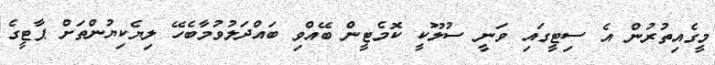
މީގެއިތުރުން އެ ސިޓީގައި ވަނީ ސުލޫކީ ކޮމެޓީން ބޭއްވި ބައްދަލުވުމާބެހޭ ލިޔެކިޔުންތަށް ޕާޓީގެ